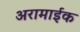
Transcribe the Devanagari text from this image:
अरामाईक